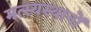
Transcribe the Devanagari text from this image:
मत्स्यस्थानों